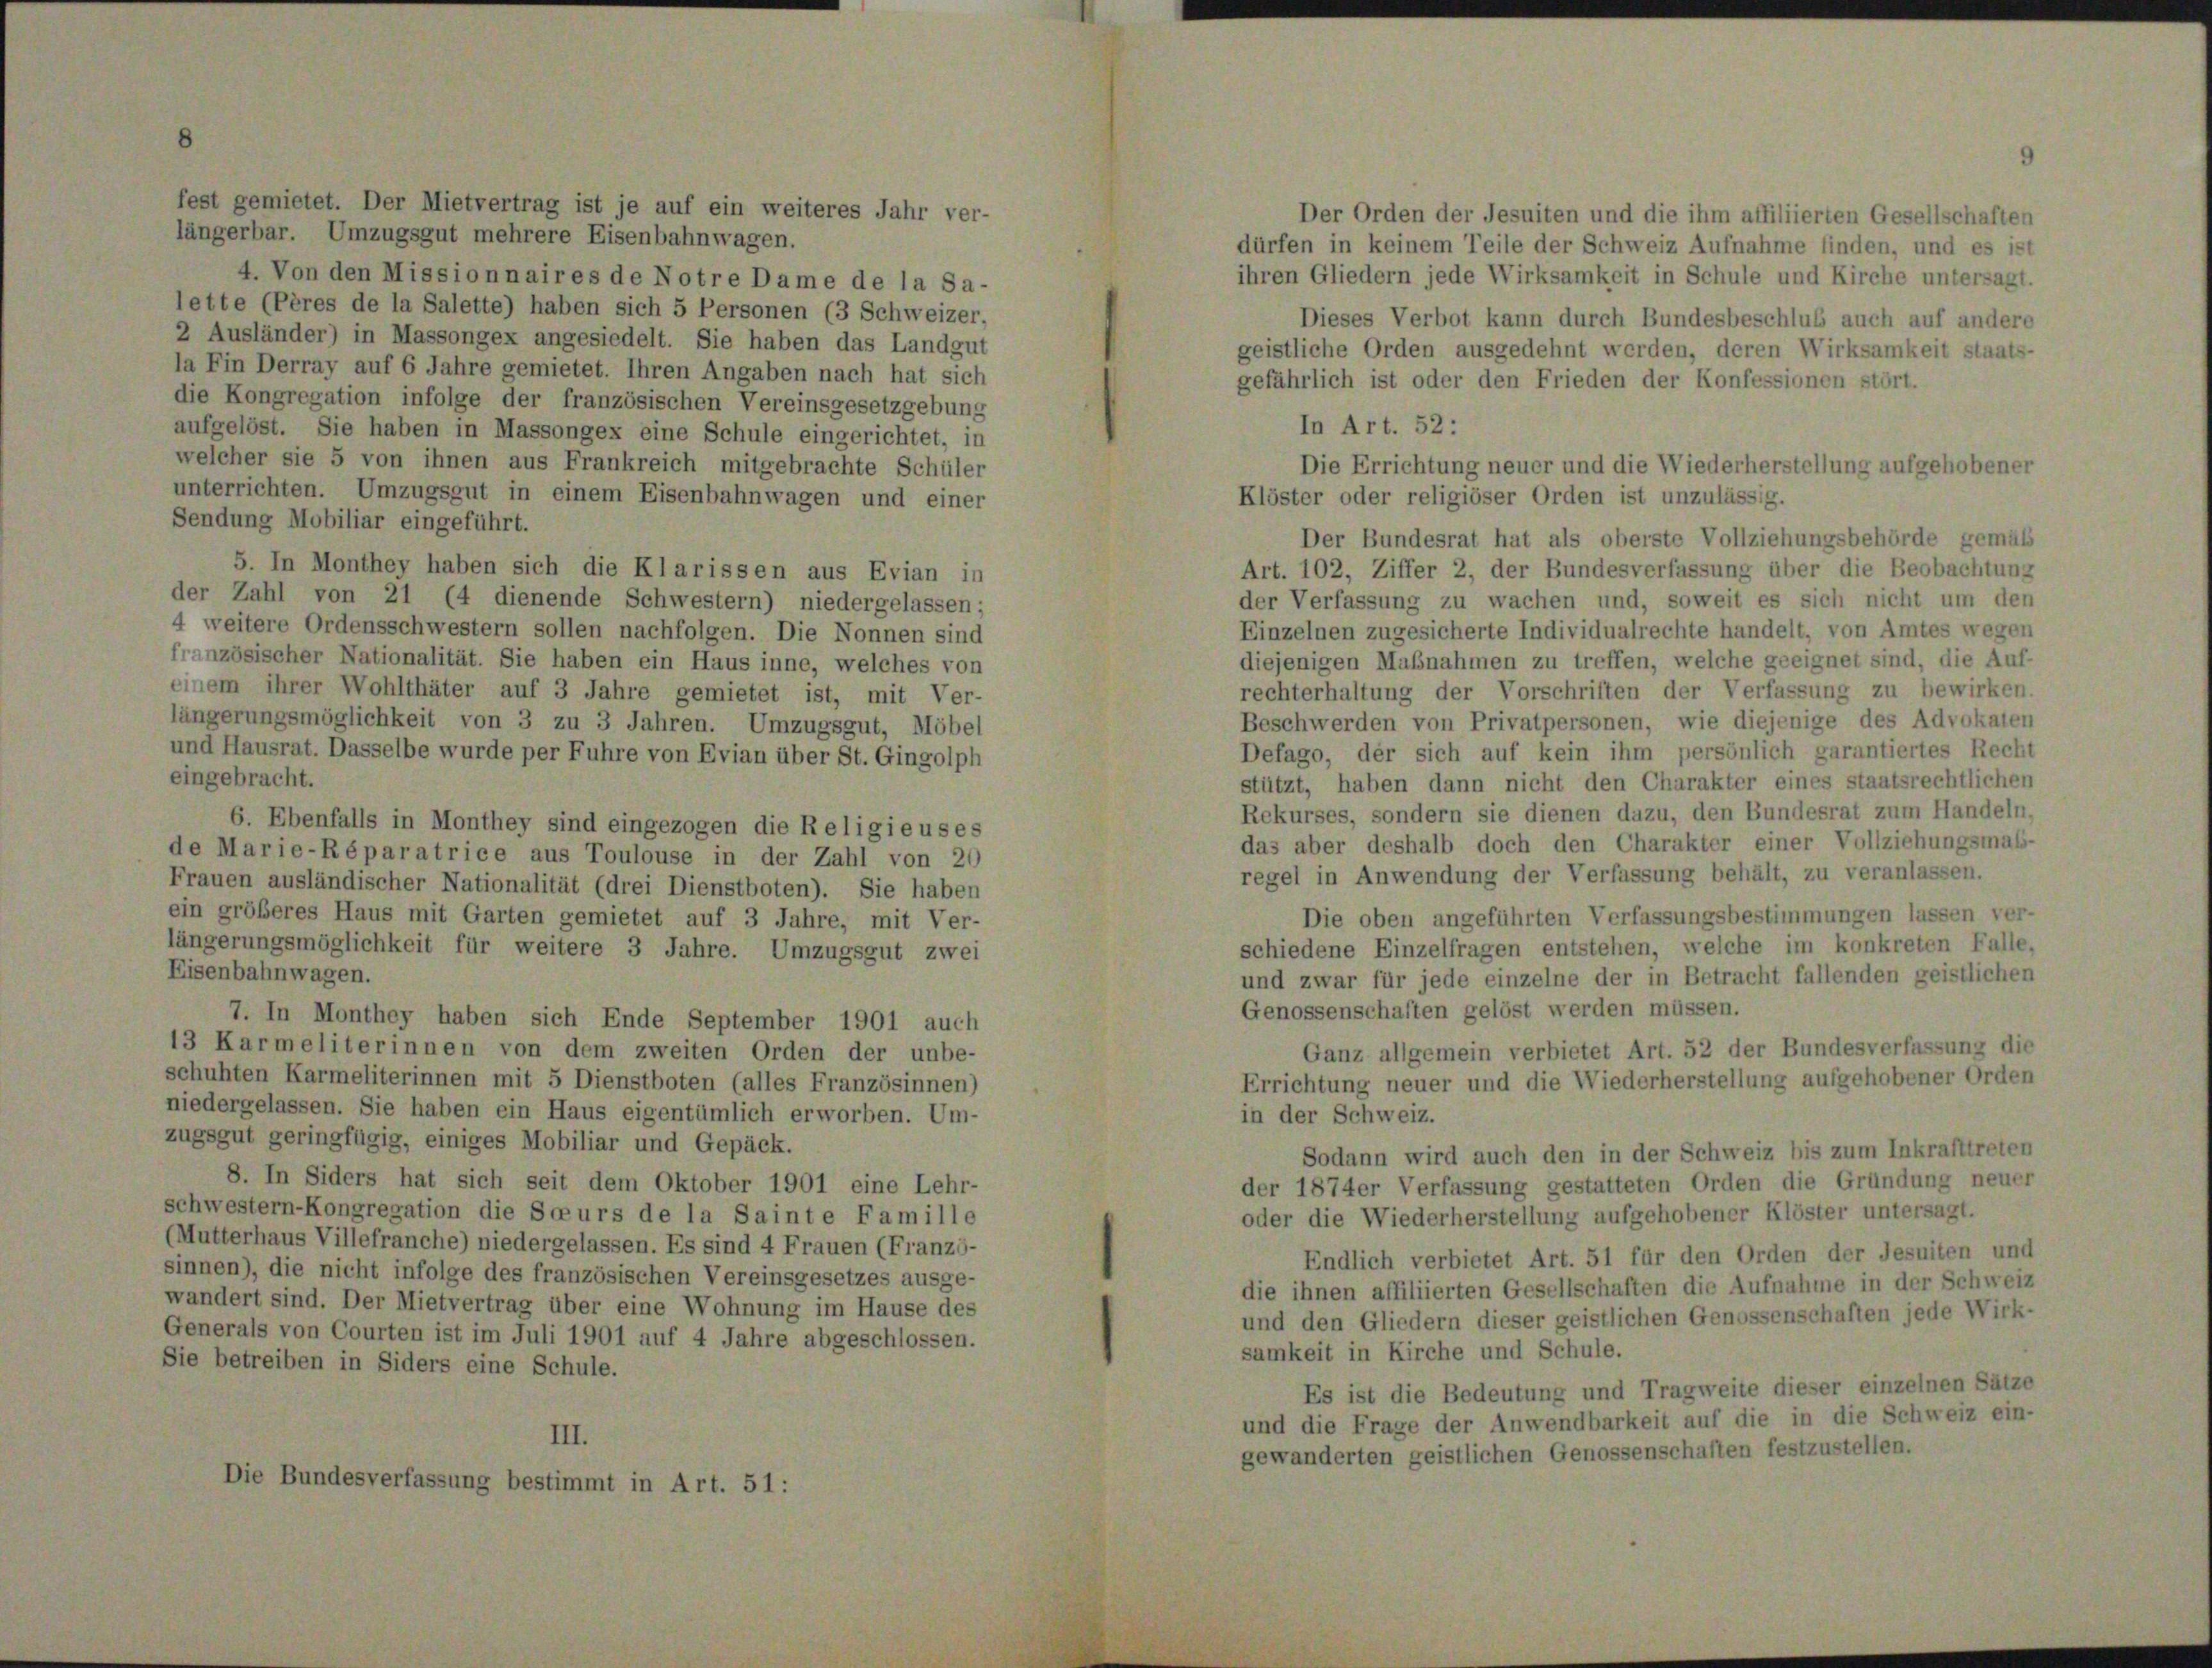
fest gemietet. Der Mietvertrag ist je auf ein weiteres Jahr ver-
Der Orden der Jesuiten und die ihm affiliierten Gesellschaften
längerbar. Umzugsgut mehrere Eisenbahnwagen.
dürfen in keinem Teile der Schweiz Aufnahme finden, und es ist
ihren Gliedern jede Wirksamkeit in Schule und Kirche untersagt.
4. Von den Missionnaires de Notre Dame de la Sa-
lette (Pères de la Salette) haben sich 5 Personen (3 Schweizer,
Dieses Verbot kann durch Bundesbeschluß auch auf ander
2 Ausländer) in Massongex angesiedelt. Sie haben das Landgut
geistliche Orden ausgedehnt werden, deren Wirksamkeit staats
la Ein Derray auf 6 Jahre gemietet. Ihren Angaben nach hat sich
gefährlich ist oder den Frieden der Konfessionen stört.
die Kongregation infolge der französischen Vereinsgesetzgebung
In Art. 52:
aufgelöst. Sie haben in Massongex eine Schule eingerichtet, in
welcher sie 5 von ihnen aus Frankreich mitgebrachte Schüler
unterrichten. Umzugsgut in einem Eisenbahnwagen und einer
Klöster oder religiöser Orden ist unzulässig.
Sendung Mobiliar eingeführt.
Der Bundesrat hat als oberste Vollziehungsbehörde gemäß
5. In Monthey haben sich die Klarissen aus Evian in
Art. 102, Ziffer 2, der Bundesverfassung über die Beobachtung
der Zahl von 21 (4 dienende Schwestern) niedergelassen;
der Verfassung zu wachen und, soweit es sich nicht um der
4 weitere Ordensschwestern sollen nachfolgen. Die Nonnen sind
Einzelnen zugesicherte Individualrechte handelt, von Amtes wege
französischer Nationalität. Sie haben ein Haus inne, welches von
diejenigen Maßnahmen zu treffen, welche geeignet sind, die Auf
rechterhaltung der Vorschriften der Verfassung zu bewirken
einem ihrer Wohlthäter auf 3 Jahre gemietet ist, mit Ver-
Beschwerden von Privatpersonen, wie diejenige des Advokater
längerungsmöglichkeit von 3 zu 3 Jahren. Umzugsgut, Möbel
und Hausrat. Dasselbe wurde per Fuhre von Evian über St. Gingolph
Defago, der sich auf kein ihm persönlich garantiertes Rech
eingebracht.
stützt, haben dann nicht den Charakter eines staatsrechtliche
Rekurses, sondern sie dienen dazu, den Bundesrat zum Handeln
6. Ebenfalls in Monthey sind eingezogen die Religieuses
das aber deshalb doch den Charakter einer Vollziehungsmaß
de Marie-Réparatrice aus Toulouse in der Zahl von 20
regel in Anwendung der Verfassung behält, zu veranlassen.
Frauen ausländischer Nationalität (drei Dienstboten). Sie haben
ein größeres Haus mit Garten gemietet auf 3 Jahre, mit Ver-
Die oben angeführten Verfassungsbestimmungen lassen ver
schiedene Einzelfragen entstehen, welche im konkreten Falle
längerungsmöglichkeit für weitere 3 Jahre. Umzugsgut zwei
Eisenbahnwagen.
und zwar für jede einzelne der in Betracht fallenden geistlichen
Genossenschaften gelöst werden müssen.
7. In Monthey haben sich Ende September 1901 auch
13 Karmeliterinnen von dem zweiten Orden der unbe-
Ganz allgemein verbietet Art. 52 der Bundesverfassung di
schuhten Karmeliterinnen mit 5 Dienstboten (alles Französinnen)
Errichtung neuer und die Wiederherstellung aufgehobener Order
niedergelassen. Sie haben ein Haus eigentümlich erworben. Um-
in der Schweiz.
zugsgut geringfügig, einiges Mobiliar und Gepäck.
Sodann wird auch den in der Schweiz bis zum Inkrafttrete
8. In Siders hat sich seit dem Oktober 1901 eine Lehr-
der 1874er Verfassung gestatteten Orden die Gründung neue
schwestern-Kongregation die Soeurs de la Sainte Famille
oder die Wiederherstellung aufgehobener Klöster untersagt.
(Mutterhaus Villefranche) niedergelassen. Es sind 4 Frauen (Franzö-
Endlich verbietet Art. 51 für den Orden der Jesuiten unt
sinnen), die nicht infolge des französischen Vereinsgesetzes ausge-
die ihnen affiliierten Gesellschaften die Aufnahme in der Schwei
wandert sind. Der Mietvertrag über eine Wohnung im Hause des
und den Gliedern dieser geistlichen Genossenschaften jede Wirk
Generals von Courten ist im Juli 1901 auf 4 Jahre abgeschlossen.
samkeit in Kirche und Schule.
Sie betreiben in Siders eine Schule.
Es ist die Bedeutung und Tragweite dieser einzelnen Sätz
und die Frage der Anwendbarkeit auf die in die Schweiz ein
III.
gewanderten geistlichen Genossenschaften festzustellen.
Die Bundesverfassung bestimmt in Art. 51 :

Die Errichtung neuer und die Wiederherstellung aufgehobene